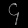
Digit: ၄